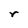
Character: r